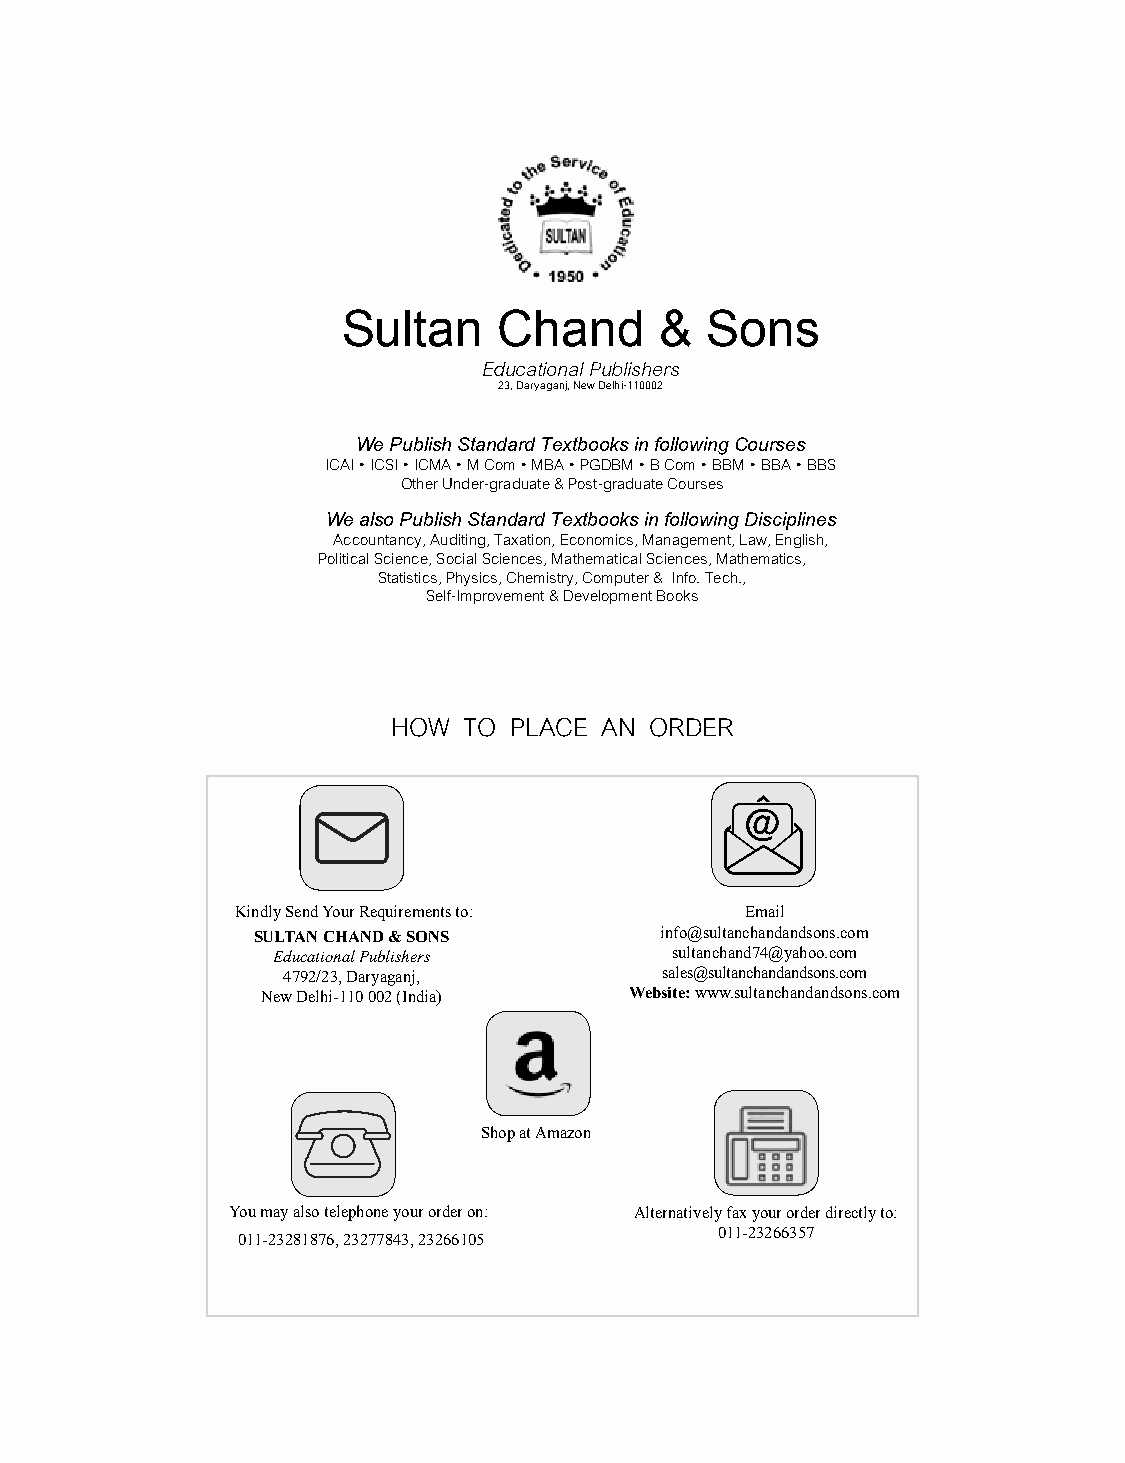
Sultan    Chand      &  Sons
 Educational Publishers
 23, Daryaganj, New Delhi-110002
 We Publish Standard Textbooks in following Courses
 ICAI • ICSI • ICMA • M Com • MBA • PGDBM • B Com • BBM • BBA • BBS
 Other Under-graduate & Post-graduate Courses
 We also Publish Standard Textbooks in following Disciplines
 Accountancy, Auditing, Taxation, Economics, Management, Law, English,
 Political Science, Social Sciences, Mathematical Sciences, Mathematics,
 Statistics, Physics, Chemistry, Computer & Info. Tech.,
 Self-Improvement & Development Books
 HOw  TO PLACE An OrDEr
 Kindly Send Your Requirements to: Email
 SULTAN CHAND & SONS        info@sultanchandandsons.com
 Educational Publishers    sultanchand74@yahoo.com
 4792/23, Daryaganj,      sales@sultanchandandsons.com
 New Delhi-110 002 (India) Website: www.sultanchandandsons.com
 Shop at Amazon
 You may also telephone your order on: Alternatively fax your order directly to:
 011-23281876, 23277843, 23266105
 011-23266357